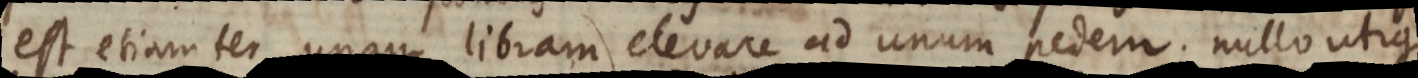
est etiam ter unam libram elevare ad unum pedem; nullo utique